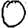
Digit: 0